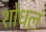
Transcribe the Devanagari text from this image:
शोधलं